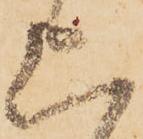
上